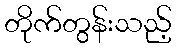
တိုက်တွန်းသည့်